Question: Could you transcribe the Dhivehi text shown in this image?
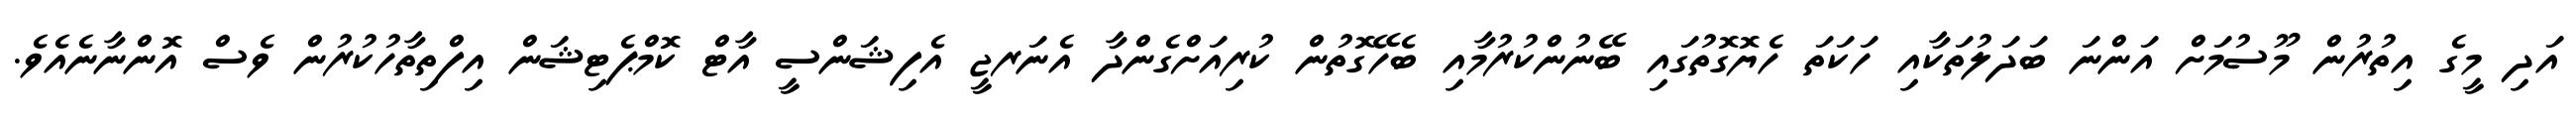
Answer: އަދި މީގެ އިތުރުން މޫސުމަށް އަންނަ ބަދަލުތަކާއި ހަކަތަ ހެޔޮގޮތުގައި ބޭނުންކުރުމާއި ބެހޭގޮތުން ކުރިއަށްގެންދާ އެނަރޖީ އެފިޝަންސީ އާޓް ކޮމްޕެޓިޝަން އިފްތިތާހުކުރުން ވެސް އޮންނާނެއެވެ.